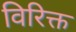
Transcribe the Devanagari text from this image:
विरिक्त